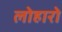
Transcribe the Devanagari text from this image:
लोहारो